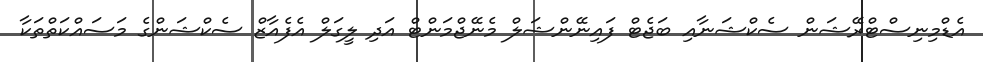
އެޑްމިނިސްޓްރޭޝަން ސެކްޝަނާއި ބަޖެޓް ފައިނޭންޝަލް މެނޭޖްމަންޓް އަދި ލީގަލް އެފެއާޒް ސެކްޝަންގެ މަސައްކަތްތަކާ